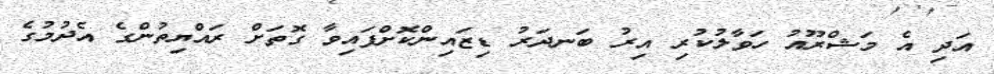
އަދި އެ މަޝްރޫއު ހަވާލުކުރި އިރު ބަނދަރު ޑިޒައިންކޮށްފައިވާ ގޮތަށް ރައްޔިތުންގެ އެދުމުގެ